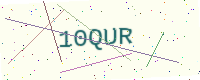
Text: 10QUR